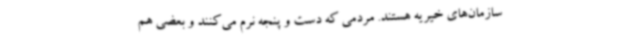
سازمان‌های خیریه هستند. مردمی که دست و پنجه نرم می‌کنند و بعضی هم